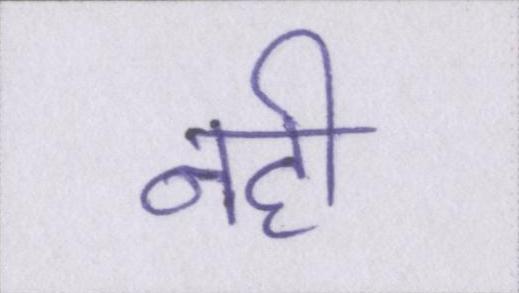
नही